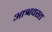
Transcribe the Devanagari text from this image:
आश्ववस्त